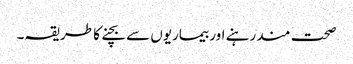
صحت مند رہنے اور بیماریوں سے بچنے کا طریقہ۔